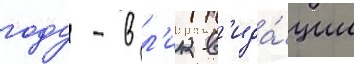
году - в л'икв'ида́ции